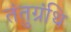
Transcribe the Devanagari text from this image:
तंतुग्रंथि